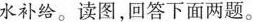
水补给。读图，回答下面两题。